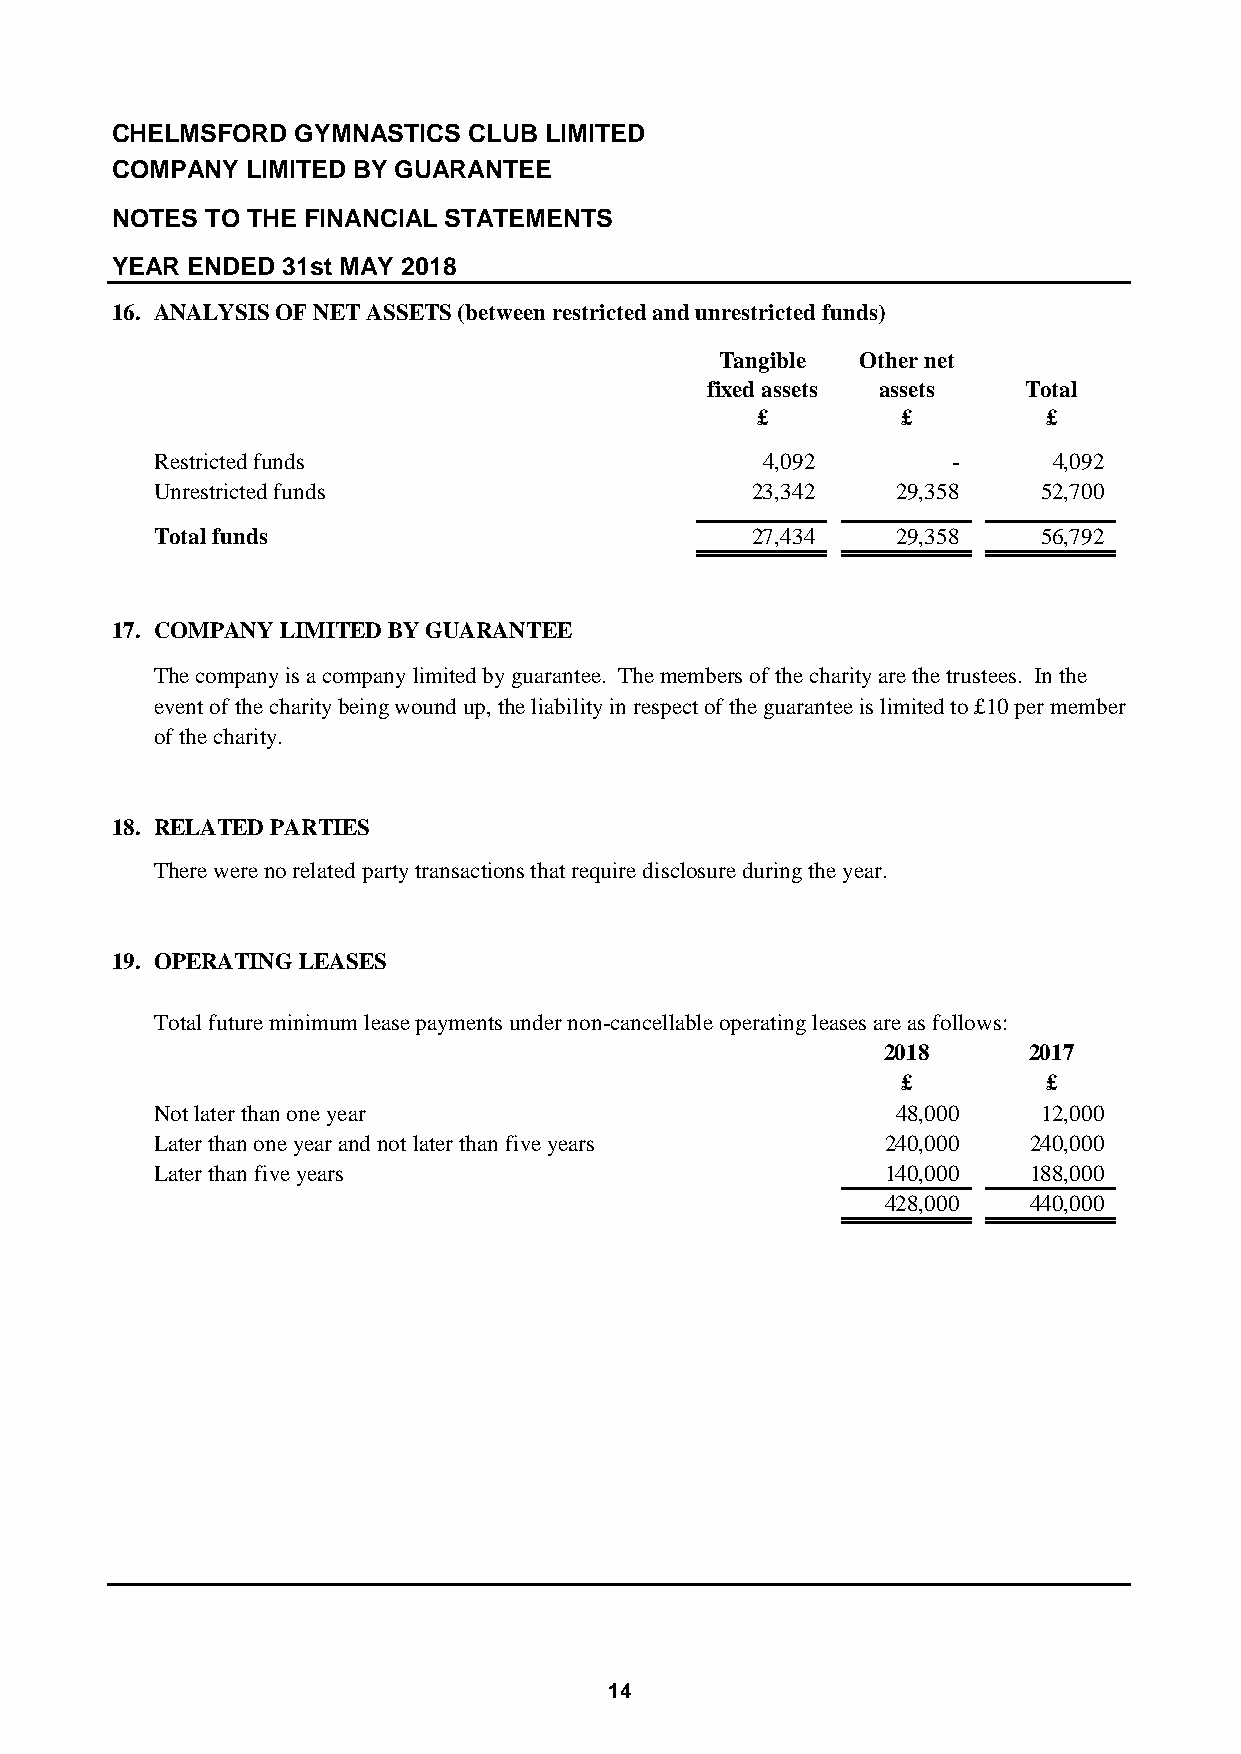
CHELMSFORD   GYMNASTICS CLUB LIMITED
 COMPANY  LIMITED BY GUARANTEE
 NOTES  TO THE FINANCIAL STATEMENTS
 YEAR ENDED  31st MAY 2018
 16. ANALYSIS OF NET ASSETS (between restricted and unrestricted funds)
 Tangible Other net
 fixed assets assets  Total
 £         £        £
 Restricted funds                        4,092        -      4,092
 Unrestricted funds                      23,342   29,358    52,700
 Total funds                             2 7,434  2 9,358   5 6,792
 17. COMPANY LIMITED BY GUARANTEE
 The company is a company limited by guarantee. The members of the charity are the trustees. In the
 event of the charity being wound up, the liability in respect of the guarantee is limited to £10 per member
 of the charity.
 18. RELATED PARTIES
 There were no related party transactions that require disclosure during the year.
 19. OPERATING LEASES
 Total future minimum lease payments under non-cancellable operating leases are as follows:
 2018      2017
 £        £
 Not later than one year                          48,000    12,000
 Later than one year and not later than five years 240,000 240,000
 Later than five years                            140,000  188,000
 428,000  440,000
 14